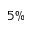
5 \%